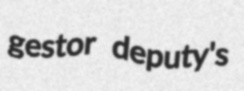
gestor deputy's